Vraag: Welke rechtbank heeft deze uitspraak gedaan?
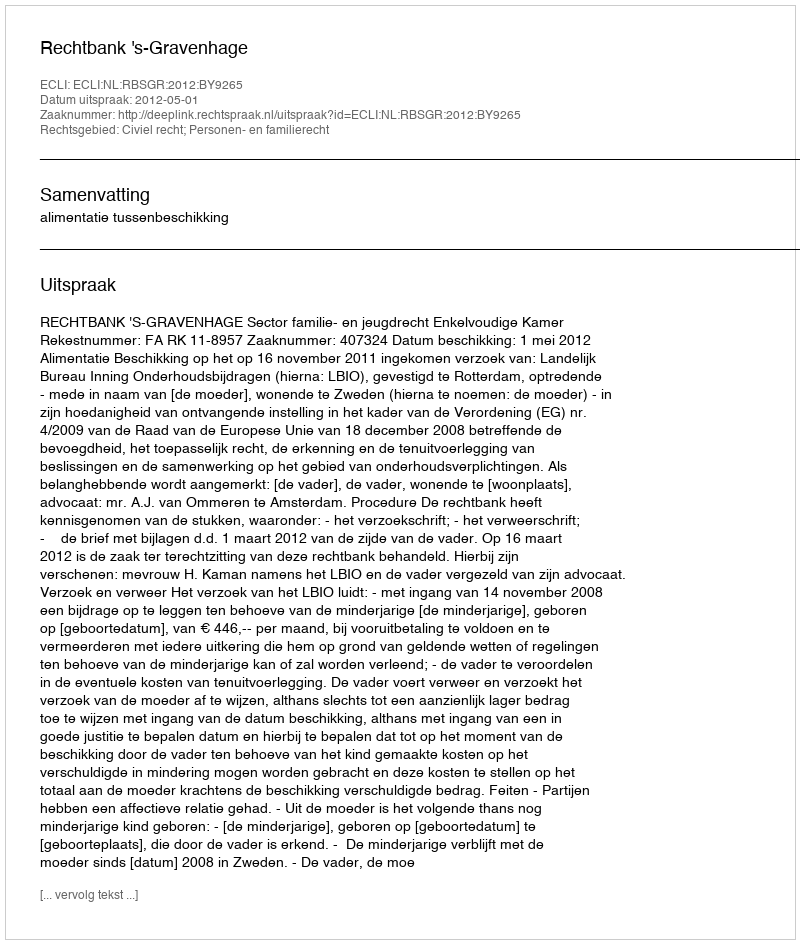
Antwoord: Rechtbank 's-Gravenhage